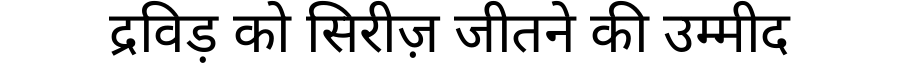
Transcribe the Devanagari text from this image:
द्रविड़ को सिरीज़ जीतने की उम्मीद